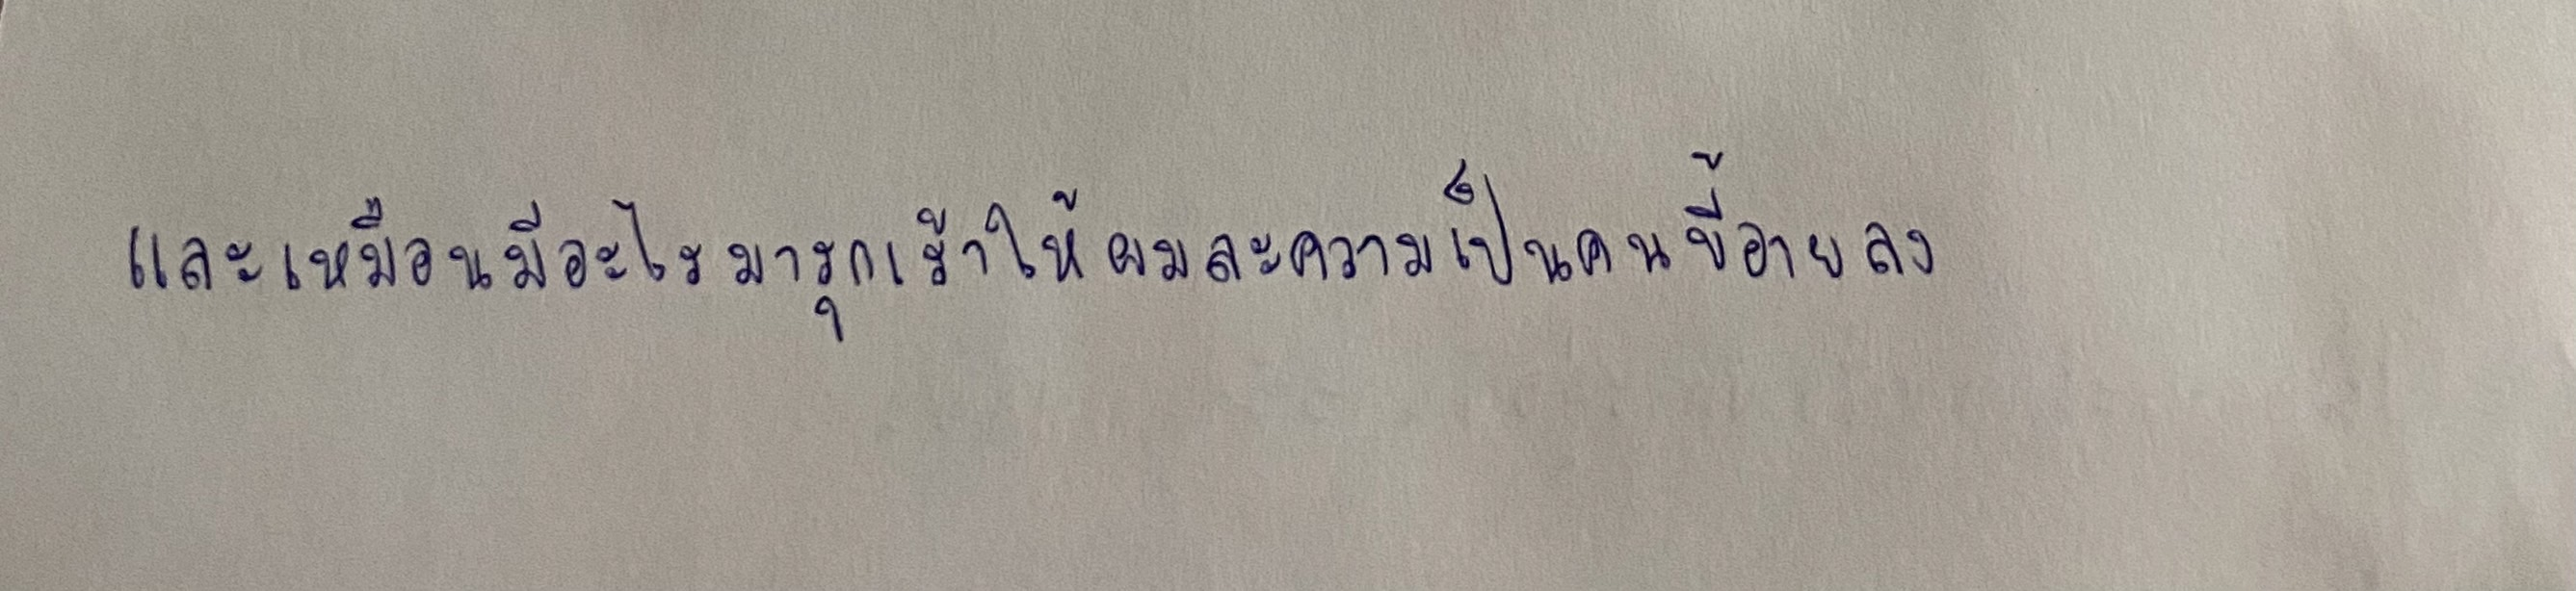
และเหมือนมีอะไรมารุกเร้าให้ผมละความเป็นคนขี้อายลง